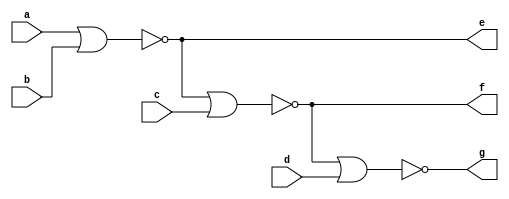
`timescale 1ns / 1ps
module nor_inv(
input a, b, c, d,
output e, f, g
    );
assign e = ~(a | b);
assign f = ~(e | c);
assign g = ~(f | d);
endmodule